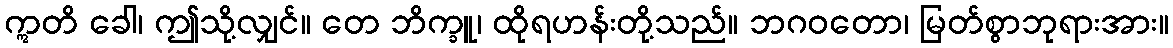
ဣတိ ခေါ၊ ဤသို့လျှင်။ တေ ဘိက္ခူ၊ ထိုရဟန်းတို့သည်။ ဘဂဝတော၊ မြတ်စွာဘုရားအား။